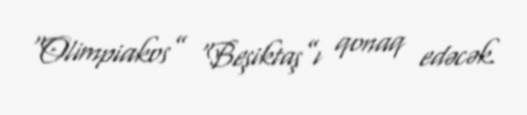
“Olimpiakos” “Beşiktaş”ı qonaq edəcək.